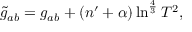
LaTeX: \tilde { g } _ { a b } = g _ { a b } + ( n ^ { \prime } + \alpha ) \ln ^ { \frac { 4 } { 3 } } T ^ { 2 } ,